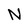
Character: N